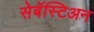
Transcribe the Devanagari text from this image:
सेबॅस्टिअन